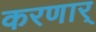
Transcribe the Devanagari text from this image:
करणार्